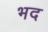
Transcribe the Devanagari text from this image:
भद